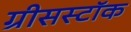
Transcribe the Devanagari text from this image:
ग्रीसस्टॉक